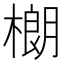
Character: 樃